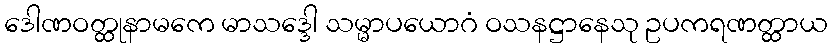
ဒေါဏဝတ္ထုနာမကေ မာသဒ္ဒေါ သမ္မာပယောဂံ ဝသနဋ္ဌာနေသု ဥပကရဏတ္ထာယ